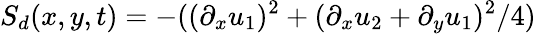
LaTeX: S_{d}(x,y,t)=-((\partial_{x}u_{1})^{2}+(\partial_{x}u_{2}+\partial_{y}u_{1})^{2}/4)